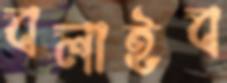
বলাইব